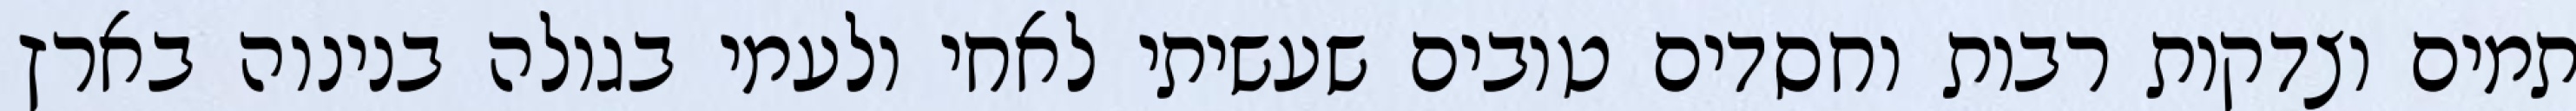
תמים וצדקות רבות וחסדים טובים שעשיתי לאחי ולעמי בגולה בנינוה בארץ